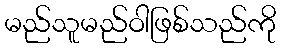
မည်သူမည်ဝါဖြစ်သည်ကို